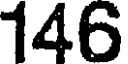
146